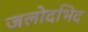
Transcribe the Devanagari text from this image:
जलोदभिद